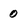
Character: 0